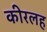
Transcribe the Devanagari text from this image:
कीरलह